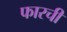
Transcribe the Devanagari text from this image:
फारची